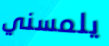
يلمسني